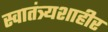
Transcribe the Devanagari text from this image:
स्वातंत्र्यशाहीर